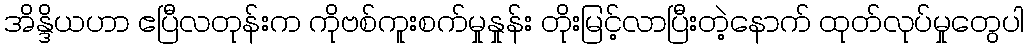
အိန္ဒိယဟာ ဧပြီလတုန်းက ကိုဗစ်ကူးစက်မှုနှုန်း တိုးမြင့်လာပြီးတဲ့နောက် ထုတ်လုပ်မှုတွေပါ